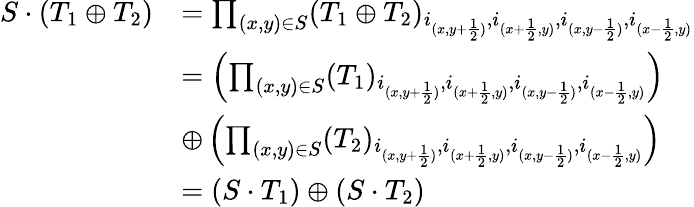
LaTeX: \begin{array}{rl}{S\cdot(T_{1}\oplus T_{2})}&{=\prod_{(x,y)\in S}(T_{1}\oplus T_{2})_{i_{(x,y+\frac{1}{2})},i_{(x+\frac{1}{2},y)},i_{(x,y-\frac{1}{2})},i_{(x-\frac{1}{2},y)}}}\\ &{=\left(\prod_{(x,y)\in S}(T_{1})_{i_{(x,y+\frac{1}{2})},i_{(x+\frac{1}{2},y)},i_{(x,y-\frac{1}{2})},i_{(x-\frac{1}{2},y)}}\right)}\\ &{\oplus\left(\prod_{(x,y)\in S}(T_{2})_{i_{(x,y+\frac{1}{2})},i_{(x+\frac{1}{2},y)},i_{(x,y-\frac{1}{2})},i_{(x-\frac{1}{2},y)}}\right)}\\ &{=(S\cdot T_{1})\oplus(S\cdot T_{2})}\end{array}